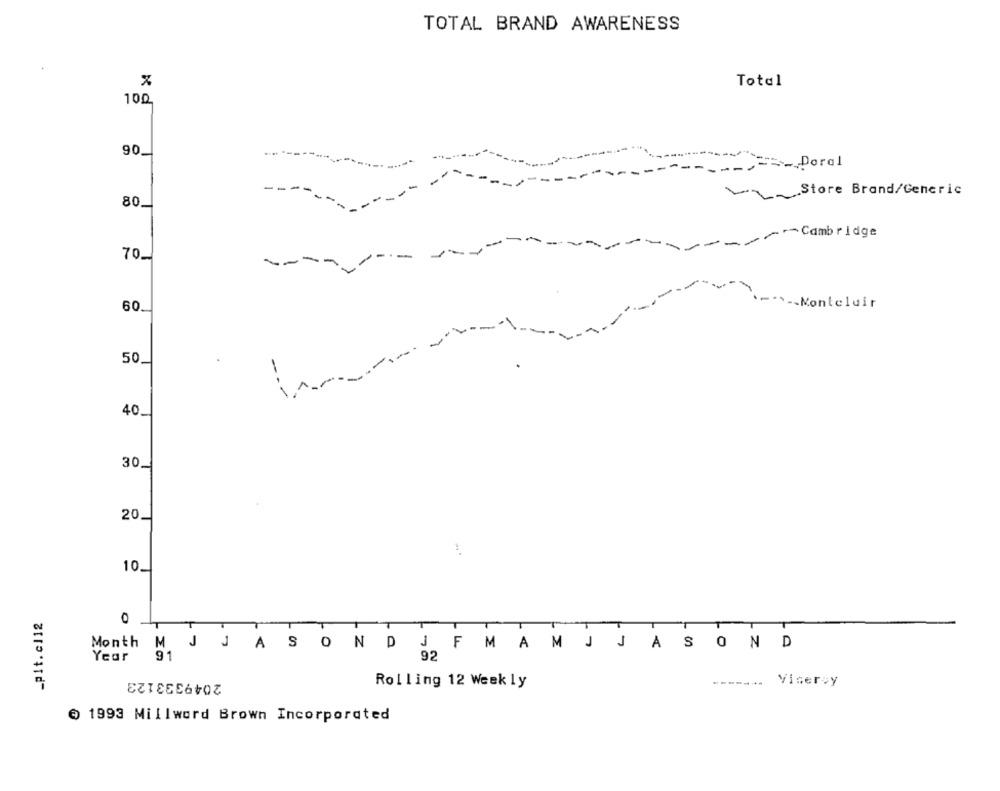
TOTAL BRAND AWARENESS
%
Total
100
90
__ Poral
Store Brand/Generic
80
-- Cambridge
-
----
70.
60.
-Monteluir
-
50.
in ...
40.
30.
20.
10.
_plt.cl12
0
T
1
T
Month
MJ JASONDJ F MAM J JASON D
Year
91
2049333123
Rolling 12 Weekly
-------
Viservy
€ 1993 Millword Brown Incorporated